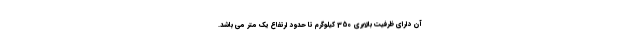
آن دارای ظرفیت بالابری 350 کیلوگرم تا حدود ارتفاع یک متر می باشد.